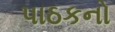
પાઠકનો